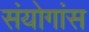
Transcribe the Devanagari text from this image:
संयोगांस